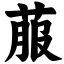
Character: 菔